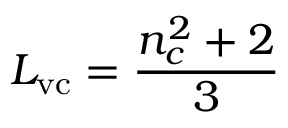
L _ { \mathrm { v c } } = \frac { n _ { c } ^ { 2 } + 2 } { 3 }